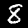
Digit: 8